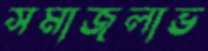
সমাজলাভ